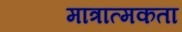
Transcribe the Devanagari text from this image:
मात्रात्मकता